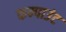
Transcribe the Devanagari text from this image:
कम्पाउंट